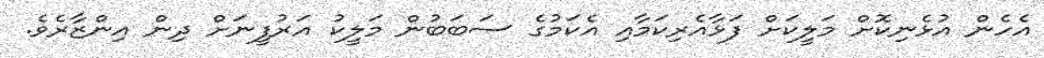
އެހެން އުޅެނިކޮށް މަލީކަށް ފަޅާއެރިކަމާއި އެކަމުގެ ސަބަބުން މަލީކު އަރުފީނަށް ދިން އިންޒާރެވެ.